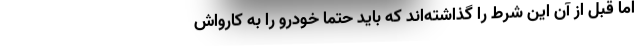
اما قبل از آن این شرط را گذاشته‌اند که باید حتما خودرو را به کارواش